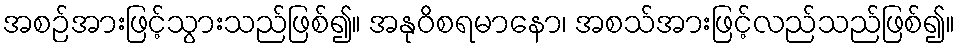
အစဉ်အားဖြင့်သွားသည်ဖြစ်၍။ အနုဝိစရမာနော၊ အစသ်အားဖြင့်လည်သည်ဖြစ်၍။